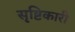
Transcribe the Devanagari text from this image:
सृष्टिकारी